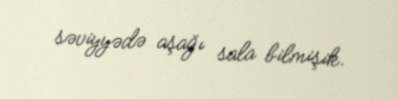
səviyyədə aşağı sala bilmişik.